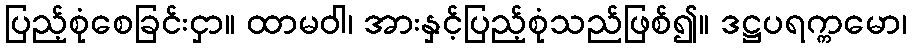
ပြည့်စုံစေခြင်းငှာ။ ထာမဝါ၊ အားနှင့်ပြည့်စုံသည်ဖြစ်၍။ ဒဋ္ဌပရက္ကမော၊